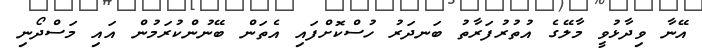
އޭނާ ވިދާޅުވީ މާލޭގެ އުތުރުފަރާތު ބަނދަރު ހުސްކޮށްފައި އެތަން ބޭނުންކުރަމުން އައި މަސްދޯނި